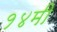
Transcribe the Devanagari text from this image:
१४मी